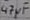
Text: 41µF